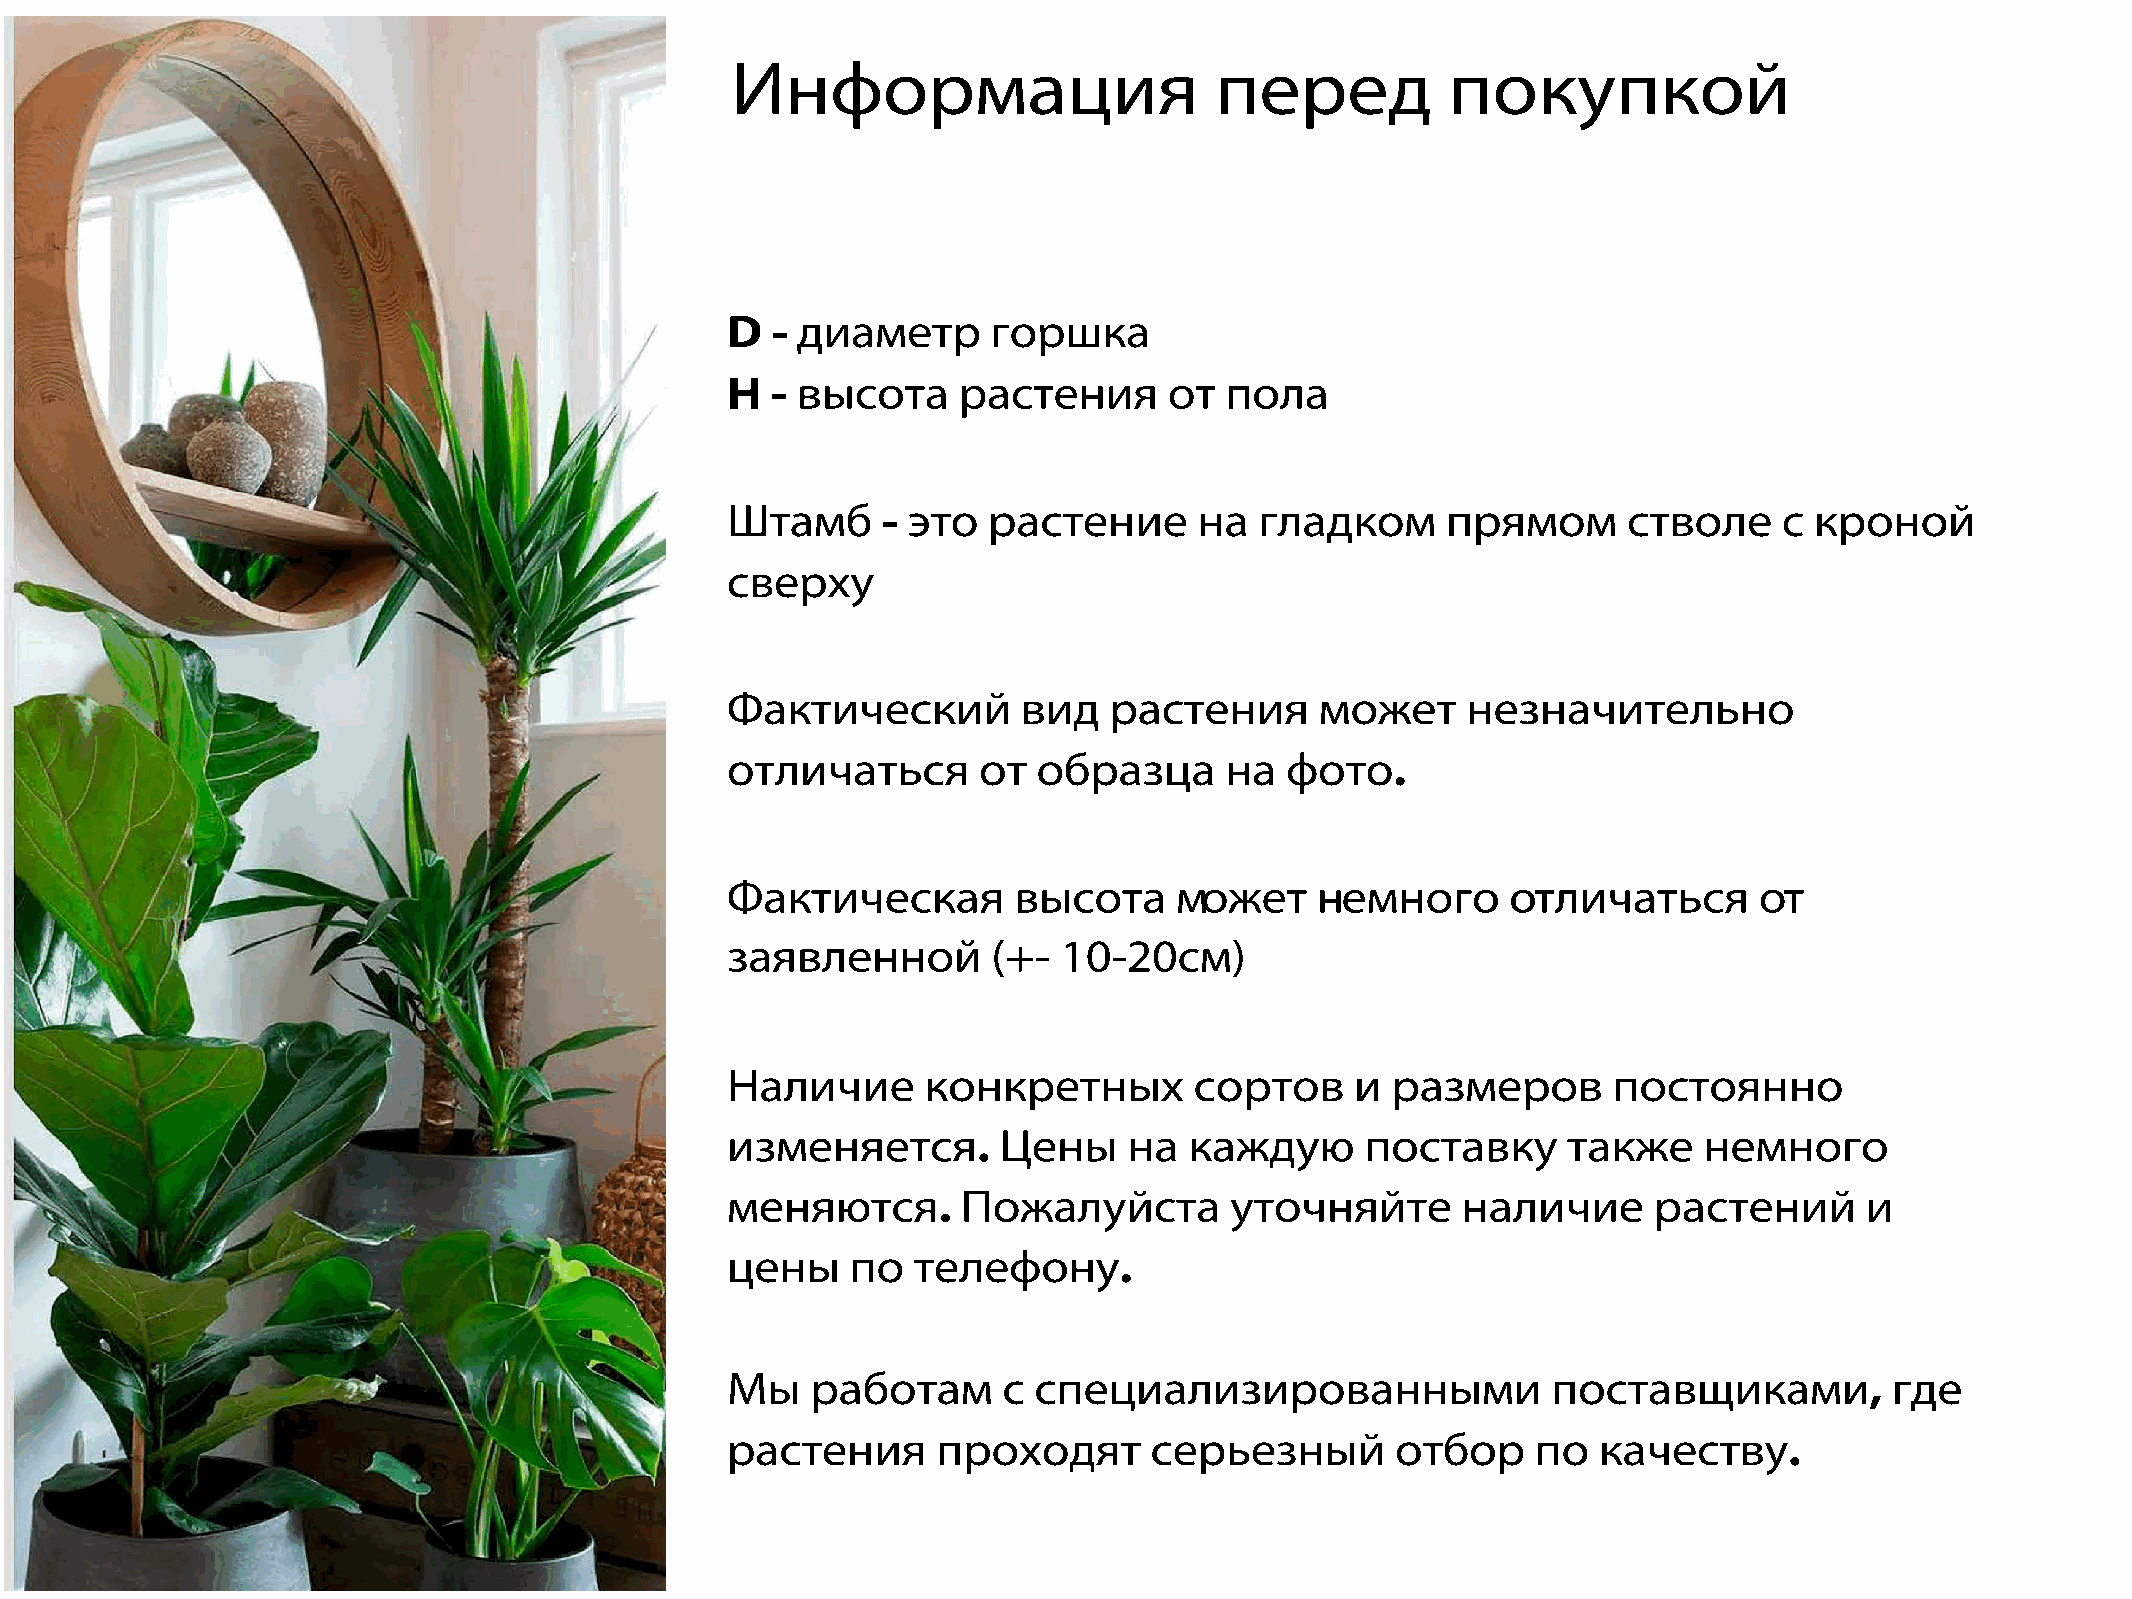
Информация                      перед           покупкой
 D  - диаметр      горшка
 H  - высота    растения      от  пола
 Штамб     - это  растение      на  гладком      прямом      стволе    с кроной
 сверху
 Фактический         вид  растения      может     незначительно
 отличаться       от  образца     на  фото.
 Фактическая        высота     может    немного      отличаться      от
 заявленной        (+- 10-20см)
 Наличие      конкретных        сортов     и размеров       постоянно
 изменяется.       Цены     на  каждую     поставку      также    немного
 меняются.       Пожалуйста       уточняйте       наличие     растений      и
 цены    по  телефону.
 Мы    работам     с специализированными                поставщиками,         где
 растения      проходят      серьезный       отбор     по  качеству.